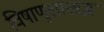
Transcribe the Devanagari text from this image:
विषाणुशास्त्रज्ञ